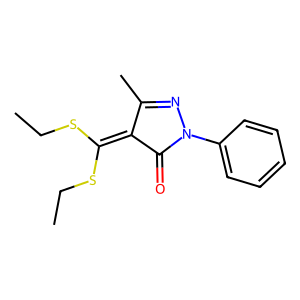
SMILES: CCSC(SCC)=C1C(=O)N(c2ccccc2)N=C1C
Inhibits HIV replication: No